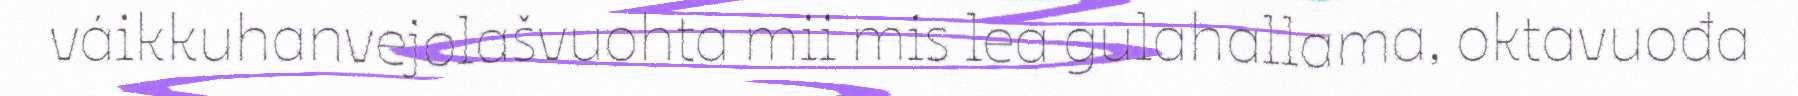
váikkuhanvejolašvuohta mii mis lea gulahallama, oktavuođa